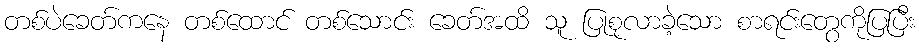
တစ်ပဲခေတ်ကနေ တစ်ထောင် တစ်သောင်း ခေတ်အထိ သူ ပြုစုလာခဲ့သော စာရင်းတွေကိုပြပြီး